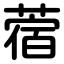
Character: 蓿